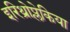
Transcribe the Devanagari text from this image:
इरिथ्रोप्लेकिया